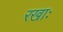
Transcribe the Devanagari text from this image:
रखाः